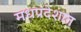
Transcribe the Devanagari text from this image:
मधप्रदेशात